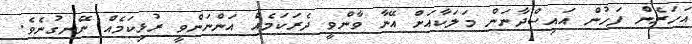
އަހަރެން ފަހުން އައިސްދާނަން މަލަކާއަށް އޭނާ ވާންވީ ދެރަކަމެއް އަންނަންވީ ރުޅިކަމެއް ނޭނގުނެވެ.